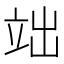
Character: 𮄬